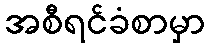
အစီရင်ခံစာမှာ